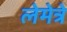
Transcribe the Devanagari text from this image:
लेमेत्रे